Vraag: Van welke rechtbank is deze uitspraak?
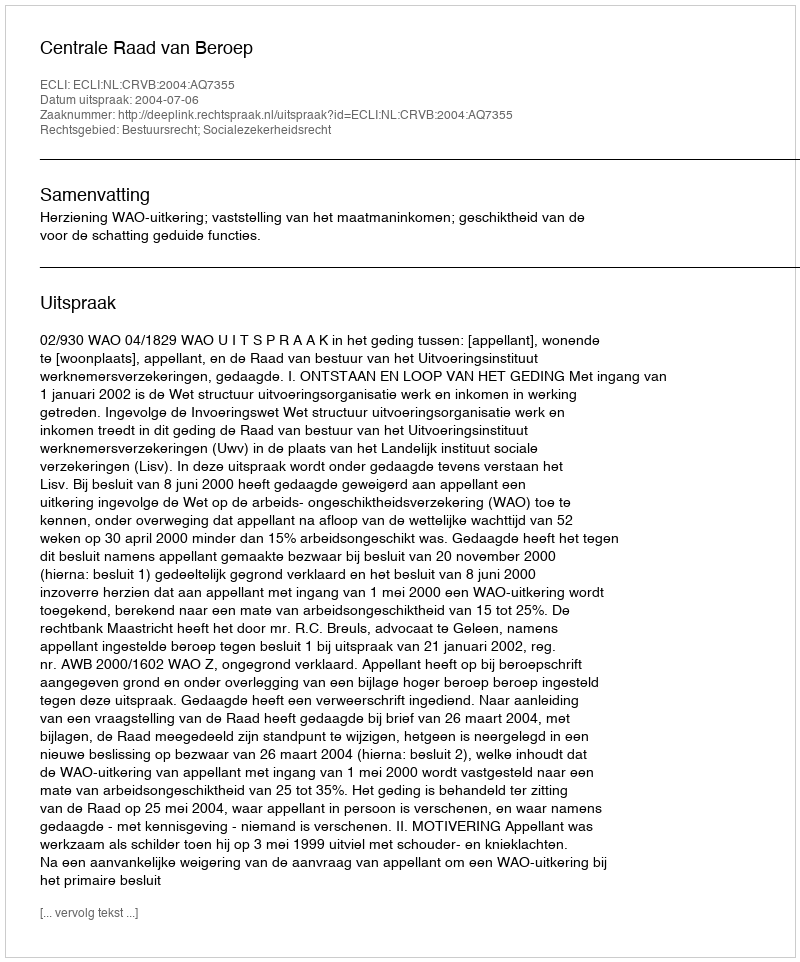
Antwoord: Centrale Raad van Beroep